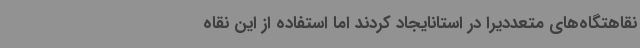
نقاهتگاه‌های متعددیرا در استانایجاد کردند اما استفاده از این نقاه